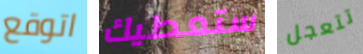
اتوقع ستعطيك تتعجل